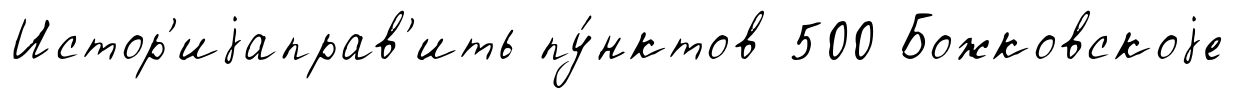
Истор'иjаправ'ить пу́нктов 500 Божковскоjе